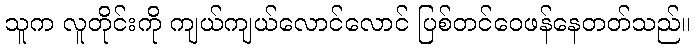
သူက လူတိုင်းကို ကျယ်ကျယ်လောင်လောင် ပြစ်တင်ဝေဖန်နေတတ်သည်။